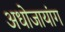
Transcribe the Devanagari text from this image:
अधोजायांग